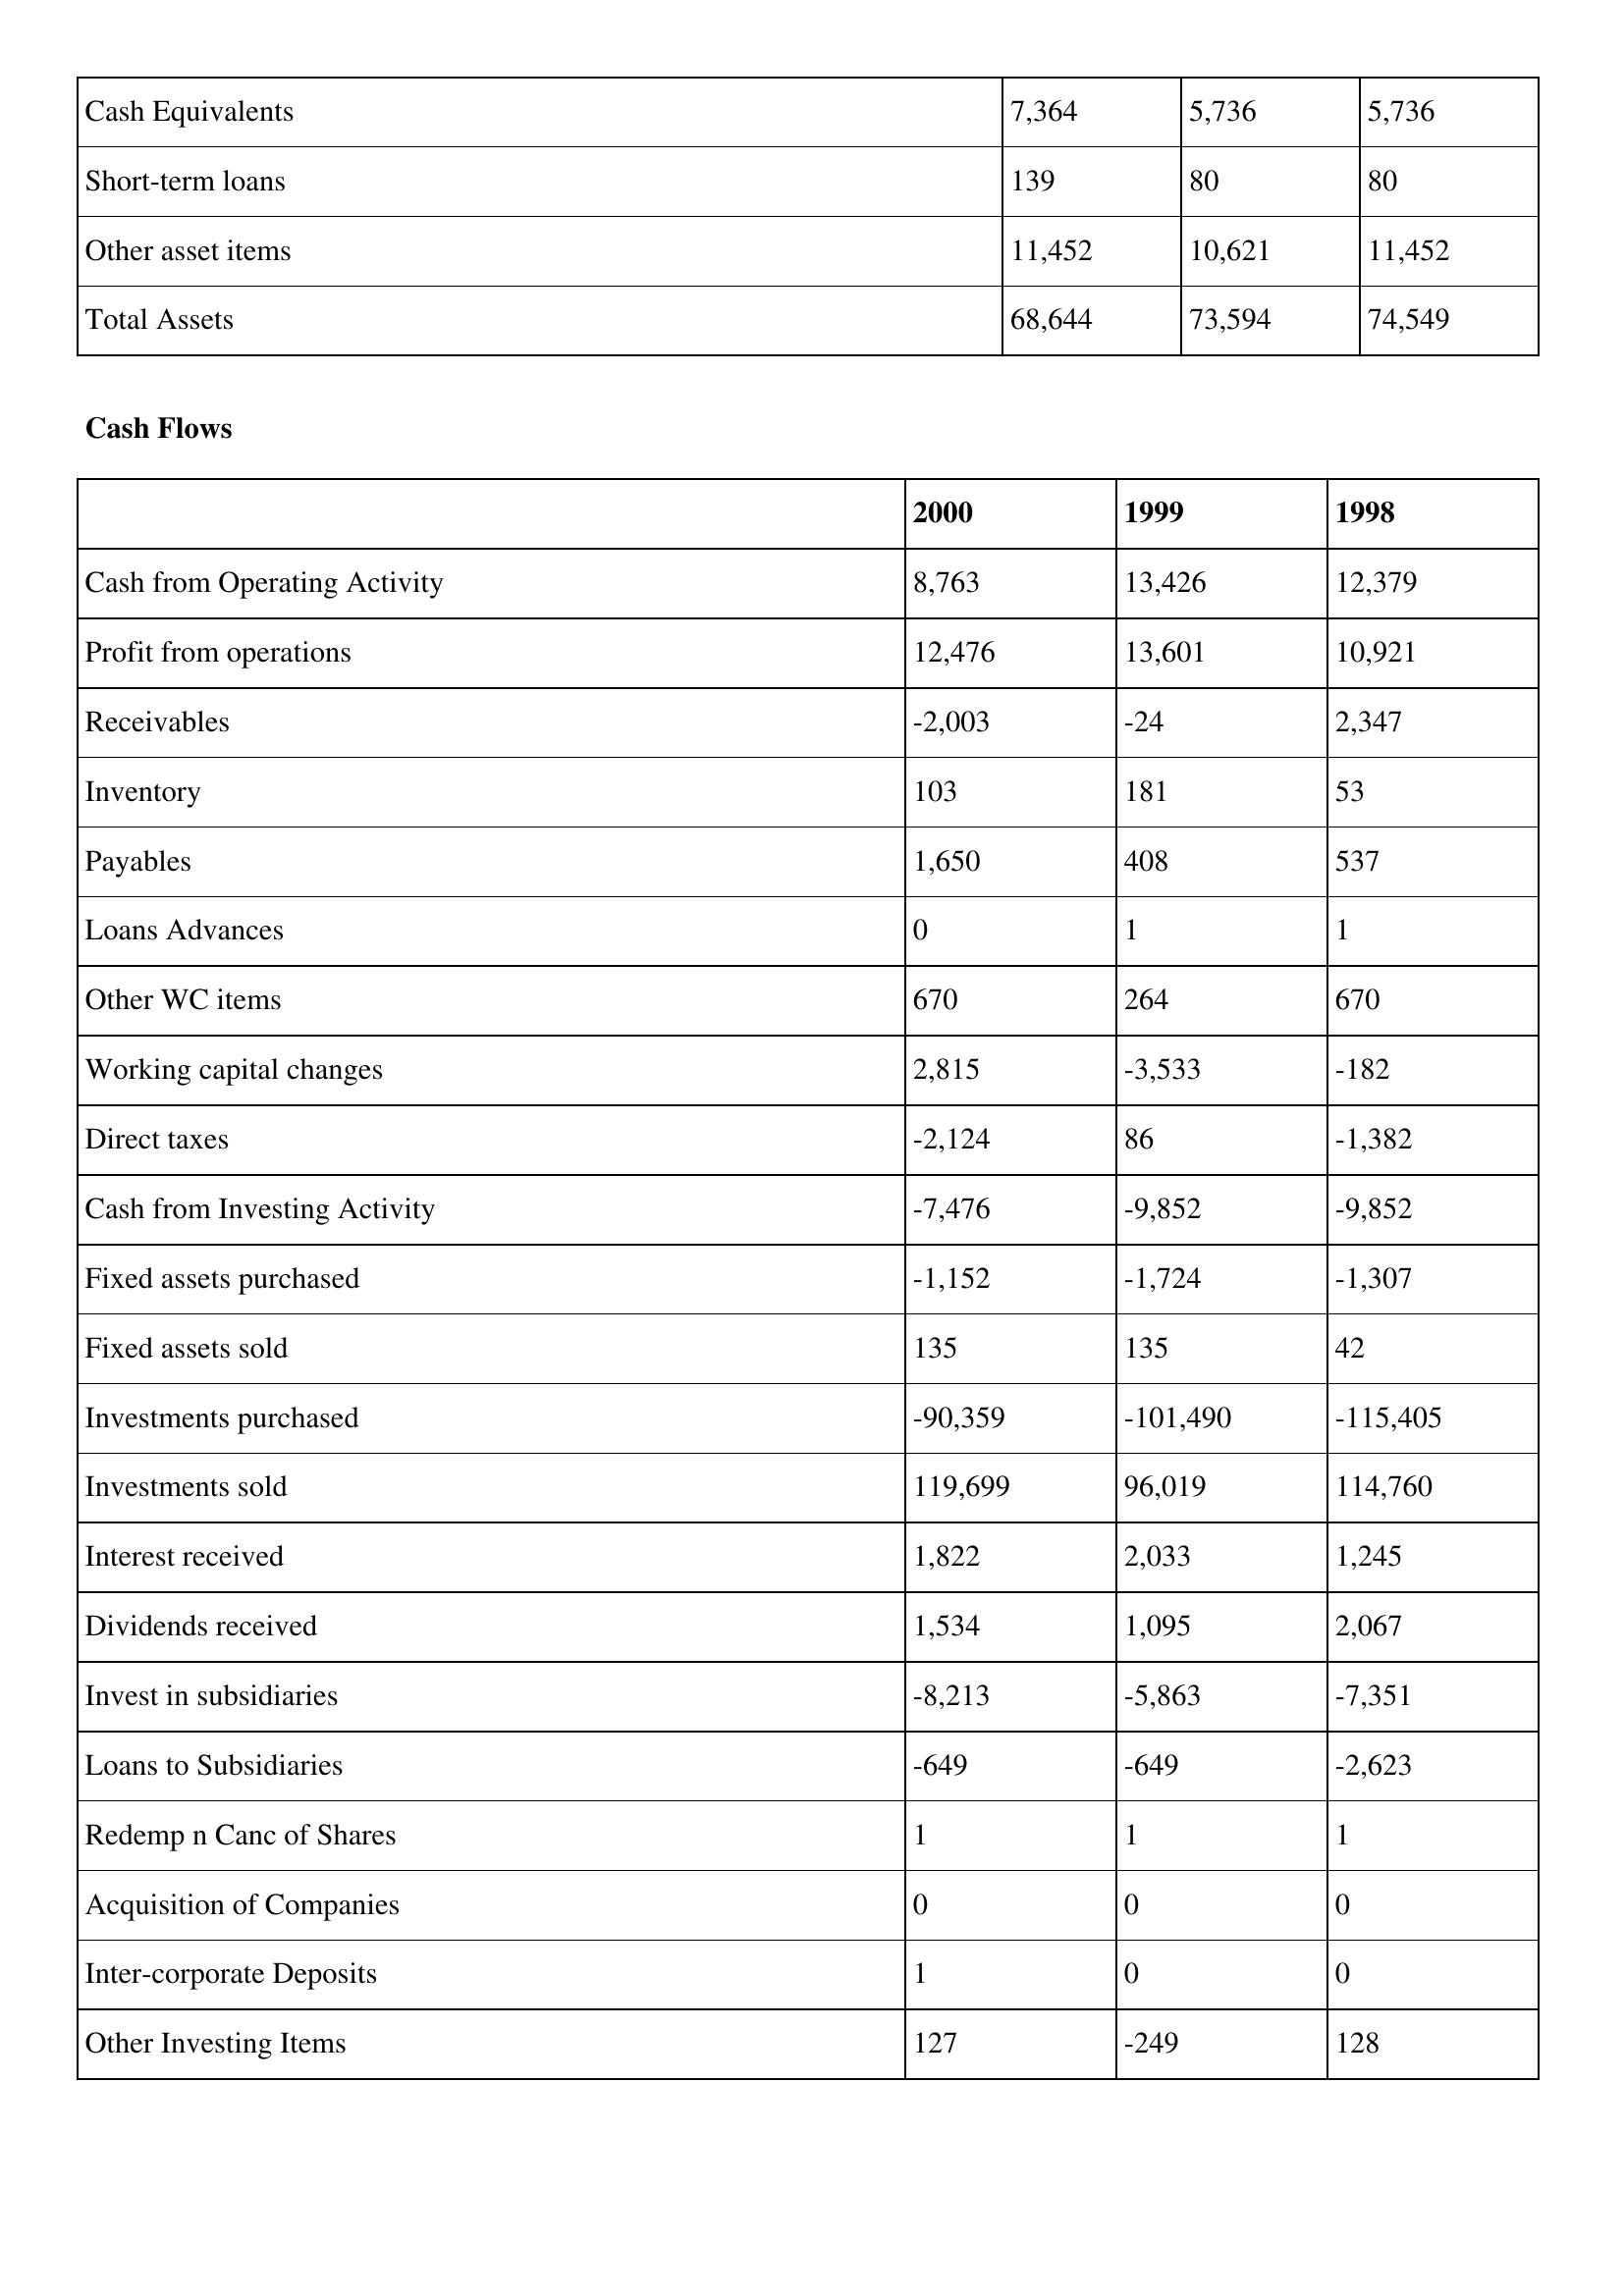
gt_parse: 2000: Balance Sheet: Cash Equivalents: 7,364
Short-term loans: 139
Other asset items: 11,452
Total Assets: 68,644
Cash Flows: Cash from Operating Activity: 8,763
Profit from operations: 12,476
Receivables: -2,003
Inventory: 103
Payables: 1,650
Loans Advances: 0
Other WC items: 670
Working capital changes: 2,815
Direct taxes: -2,124
Cash from Investing Activity: -7,476
Fixed assets purchased: -1,152
Fixed assets sold: 135
Investments purchased: -90,359
Investments sold: 119,699
Interest received: 1,822
Dividends received: 1,534
Invest in subsidiaries: -8,213
Loans to Subsidiaries: -649
Redemp n Canc of Shares: 1
Acquisition of Companies: 0
Inter-corporate Deposits: 1
Other Investing Items: 127
1999: Balance Sheet: Cash Equivalents: 5,736
Short-term loans: 80
Other asset items: 10,621
Total Assets: 73,594
Cash Flows: Cash from Operating Activity: 13,426
Profit from operations: 13,601
Receivables: -24
Inventory: 181
Payables: 408
Loans Advances: 1
Other WC items: 264
Working capital changes: -3,533
Direct taxes: 86
Cash from Investing Activity: -9,852
Fixed assets purchased: -1,724
Fixed assets sold: 135
Investments purchased: -101,490
Investments sold: 96,019
Interest received: 2,033
Dividends received: 1,095
Invest in subsidiaries: -5,863
Loans to Subsidiaries: -649
Redemp n Canc of Shares: 1
Acquisition of Companies: 0
Inter-corporate Deposits: 0
Other Investing Items: -249
1998: Balance Sheet: Cash Equivalents: 5,736
Short-term loans: 80
Other asset items: 11,452
Total Assets: 74,549
Cash Flows: Cash from Operating Activity: 12,379
Profit from operations: 10,921
Receivables: 2,347
Inventory: 53
Payables: 537
Loans Advances: 1
Other WC items: 670
Working capital changes: -182
Direct taxes: -1,382
Cash from Investing Activity: -9,852
Fixed assets purchased: -1,307
Fixed assets sold: 42
Investments purchased: -115,405
Investments sold: 114,760
Interest received: 1,245
Dividends received: 2,067
Invest in subsidiaries: -7,351
Loans to Subsidiaries: -2,623
Redemp n Canc of Shares: 1
Acquisition of Companies: 0
Inter-corporate Deposits: 0
Other Investing Items: 128